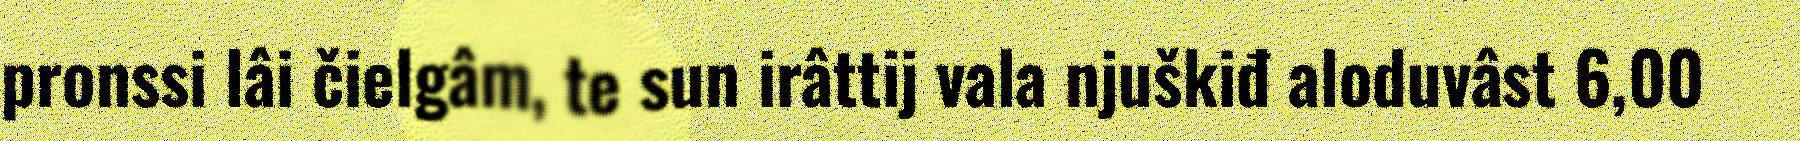
pronssi lâi čielgâm, te sun irâttij vala njuškiđ aloduvâst 6,00